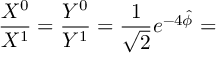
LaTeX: \frac { X ^ { 0 } } { X ^ { 1 } } = \frac { Y ^ { 0 } } { Y ^ { 1 } } = \frac { 1 } { \sqrt { 2 } } e ^ { - 4 \hat { \phi } } =